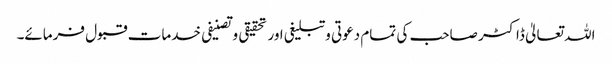
اللہ تعالیٰ ڈاکٹر صاحب کی تمام دعوتی وتبلیغی اور تحقیقی وتصنیفی خدمات قبول فرمائے۔